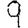
Digit: 9